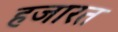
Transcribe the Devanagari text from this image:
हजारत